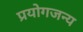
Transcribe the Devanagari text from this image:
प्रयोगजन्य